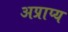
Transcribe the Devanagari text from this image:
अप्राप्‍य